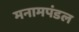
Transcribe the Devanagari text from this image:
मनामपंडल